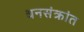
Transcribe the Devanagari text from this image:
धनसंक्रांत